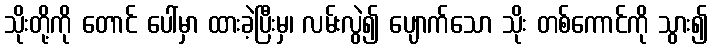
သိုးတို့ကို တောင် ပေါ်မှာ ထားခဲ့ပြီးမှ၊ လမ်းလွဲ၍ ပျောက်သော သိုး တစ်ကောင်ကို သွား၍